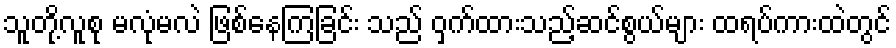
သူတို့လူစု မလုံမလဲ ဖြစ်နေကြခြင်း သည် ဝှက်ထားသည့်ဆင်စွယ်များ ထရပ်ကားထဲတွင်